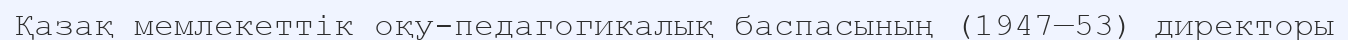
Қазақ мемлекеттік оқу-педагогикалық баспасының (1947—53) директоры